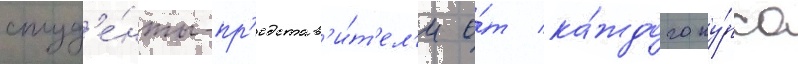
студ'е́нты-пр'едстав'и́т'ел'и о́т ка́ждого ку́рса